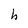
Character: h